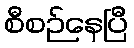
စီစဉ်နေပြီ